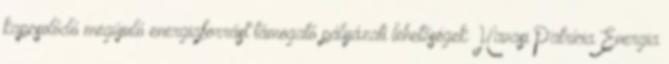
kapcsolódó megújuló energiaforrást támogató pályázati lehetőségek Havasi Patrícia Energia